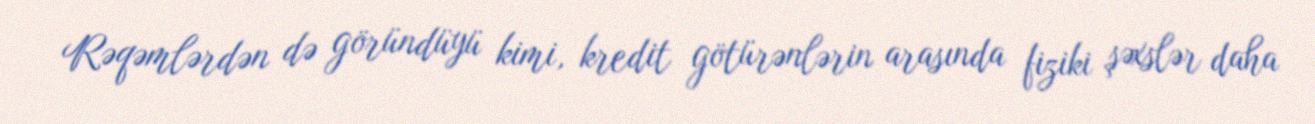
Rəqəmlərdən də göründüyü kimi, kredit götürənlərin arasında fiziki şəxslər daha